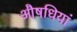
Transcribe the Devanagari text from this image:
औषधियां